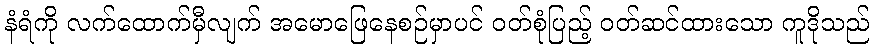
နံရံကို လက်ထောက်မှီလျက် အမောဖြေနေစဉ်မှာပင် ဝတ်စုံပြည့် ဝတ်ဆင်ထားသော ကူဒိုသည်